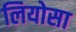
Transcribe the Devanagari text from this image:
लियोसा